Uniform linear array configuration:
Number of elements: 12
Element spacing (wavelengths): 0.5
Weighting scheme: binomial
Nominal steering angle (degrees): -45
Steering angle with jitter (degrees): -45.841
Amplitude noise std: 0.05
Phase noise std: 0.05

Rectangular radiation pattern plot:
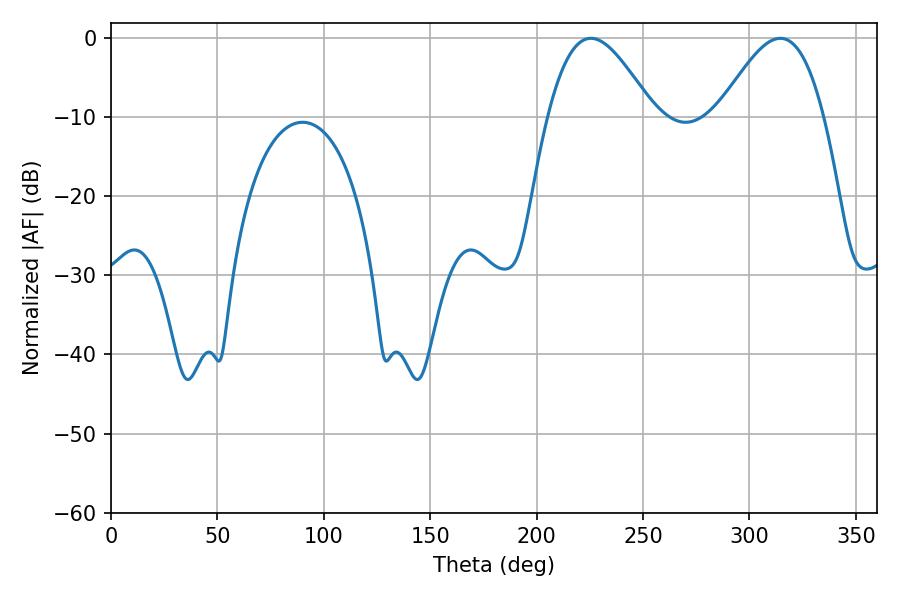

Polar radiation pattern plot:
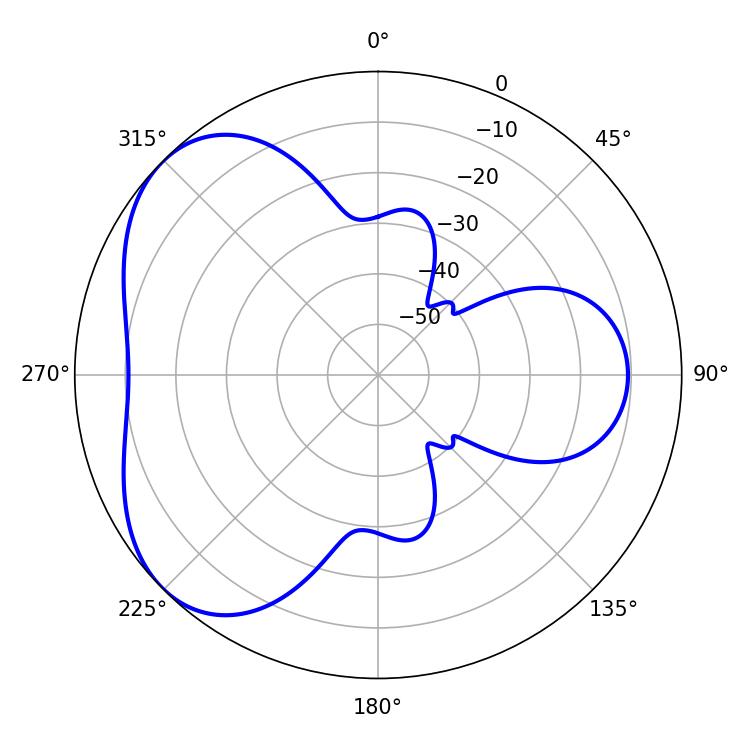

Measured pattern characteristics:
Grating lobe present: FALSE
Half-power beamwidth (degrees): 26.64
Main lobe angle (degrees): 225.54